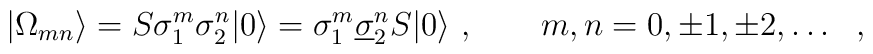
|\Omega_{mn}\rangle =S\sigma_{1}^{m}\sigma_{2}^{n}|0\rangle = \sigma_{1}^{m}\underline{\sigma}_{2}^{n}S|0\rangle\ , \qquad m,n=0,\pm 1,\pm 2, \ldots \ \ ,